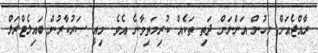
ރާއްޖެއަށް މީހުން އަންނަން ދަތި ތަކެއް ކުރިމަތިވާނެ އެވެ. މިއީ ސަރުކާރުން ބައިލެޓްރަލް